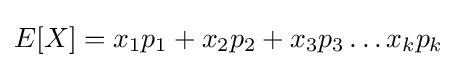
E[X]=x_{1}p_{1}+x_{2}p_{2}+x_{3}p_{3}\dots x_{k}p_{k}